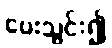
ပေးသွင်း၍